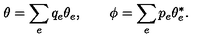
\theta = \sum _ { e } q _ { e } \theta _ { e } , \qquad \phi = \sum _ { e } p _ { e } \theta _ { e } ^ { * } .